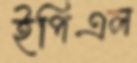
ইপিএল